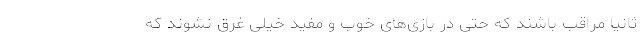
ثانیاً مراقب باشند که حتی در بازی‌های خوب و مفید خیلی غرق نشوند که